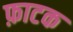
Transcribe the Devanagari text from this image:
फ़ाटक